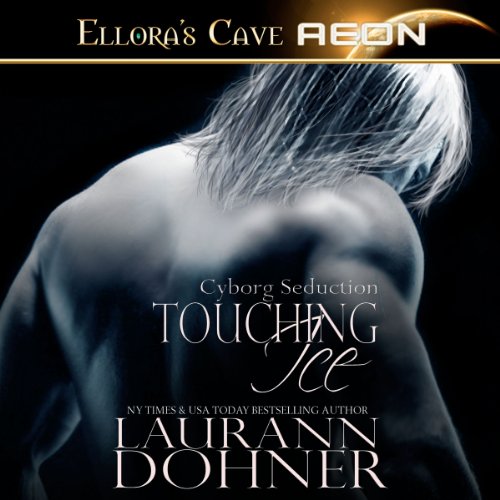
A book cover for Touching Ice: Cyborg Seduction, Book 4; Laurann Dohner; Romance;